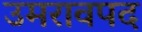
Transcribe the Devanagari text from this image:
उमरावपद